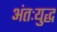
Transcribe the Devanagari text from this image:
अंतःयुद्ध